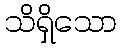
သိရှိသော